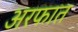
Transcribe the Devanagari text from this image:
अरफात